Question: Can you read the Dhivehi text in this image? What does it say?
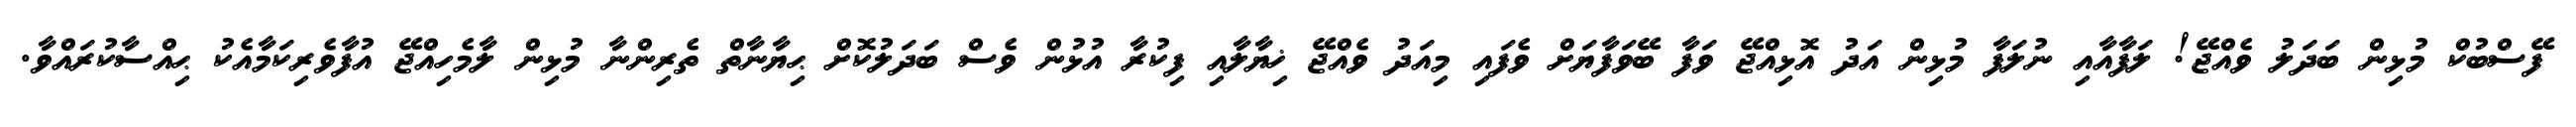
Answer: ފޭސްބުކް މުޅިން ބަދަލު ވެއްޖޭ! ލަފާއާއި ނުލަފާ މުޅިން އަދު އޮޅިއްޖޭ ވަފާ ބޭވަފާޔަށް ވެފައި މިއަދު ވެއްޖޭ ޚިޔާލާއި ފިކުރާ އުޅުން ވެސް ބަދަލުކޮށް ޙިޔާނާތް ތެރިންނާ މުޅިން ލާމެހިއްޖޭ އުފާވެރިކަމާއެކު ޙިއްސާކުރައްވާ.